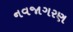
નવજાગરણ